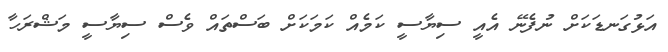
އަޅުގަނޑަކަަށް ނުފެނޭ އެއީ ސިޔާސީ ކަމެއް ކަމަކަށް ބަސްތައް ވެސް ސިޔާސީ މަޝްރަހާ